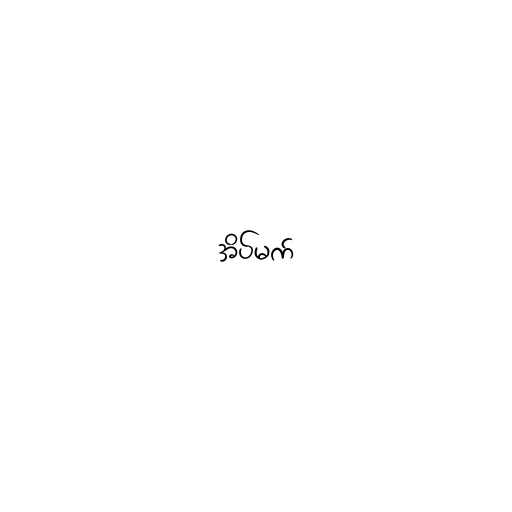
အိပ်မက်